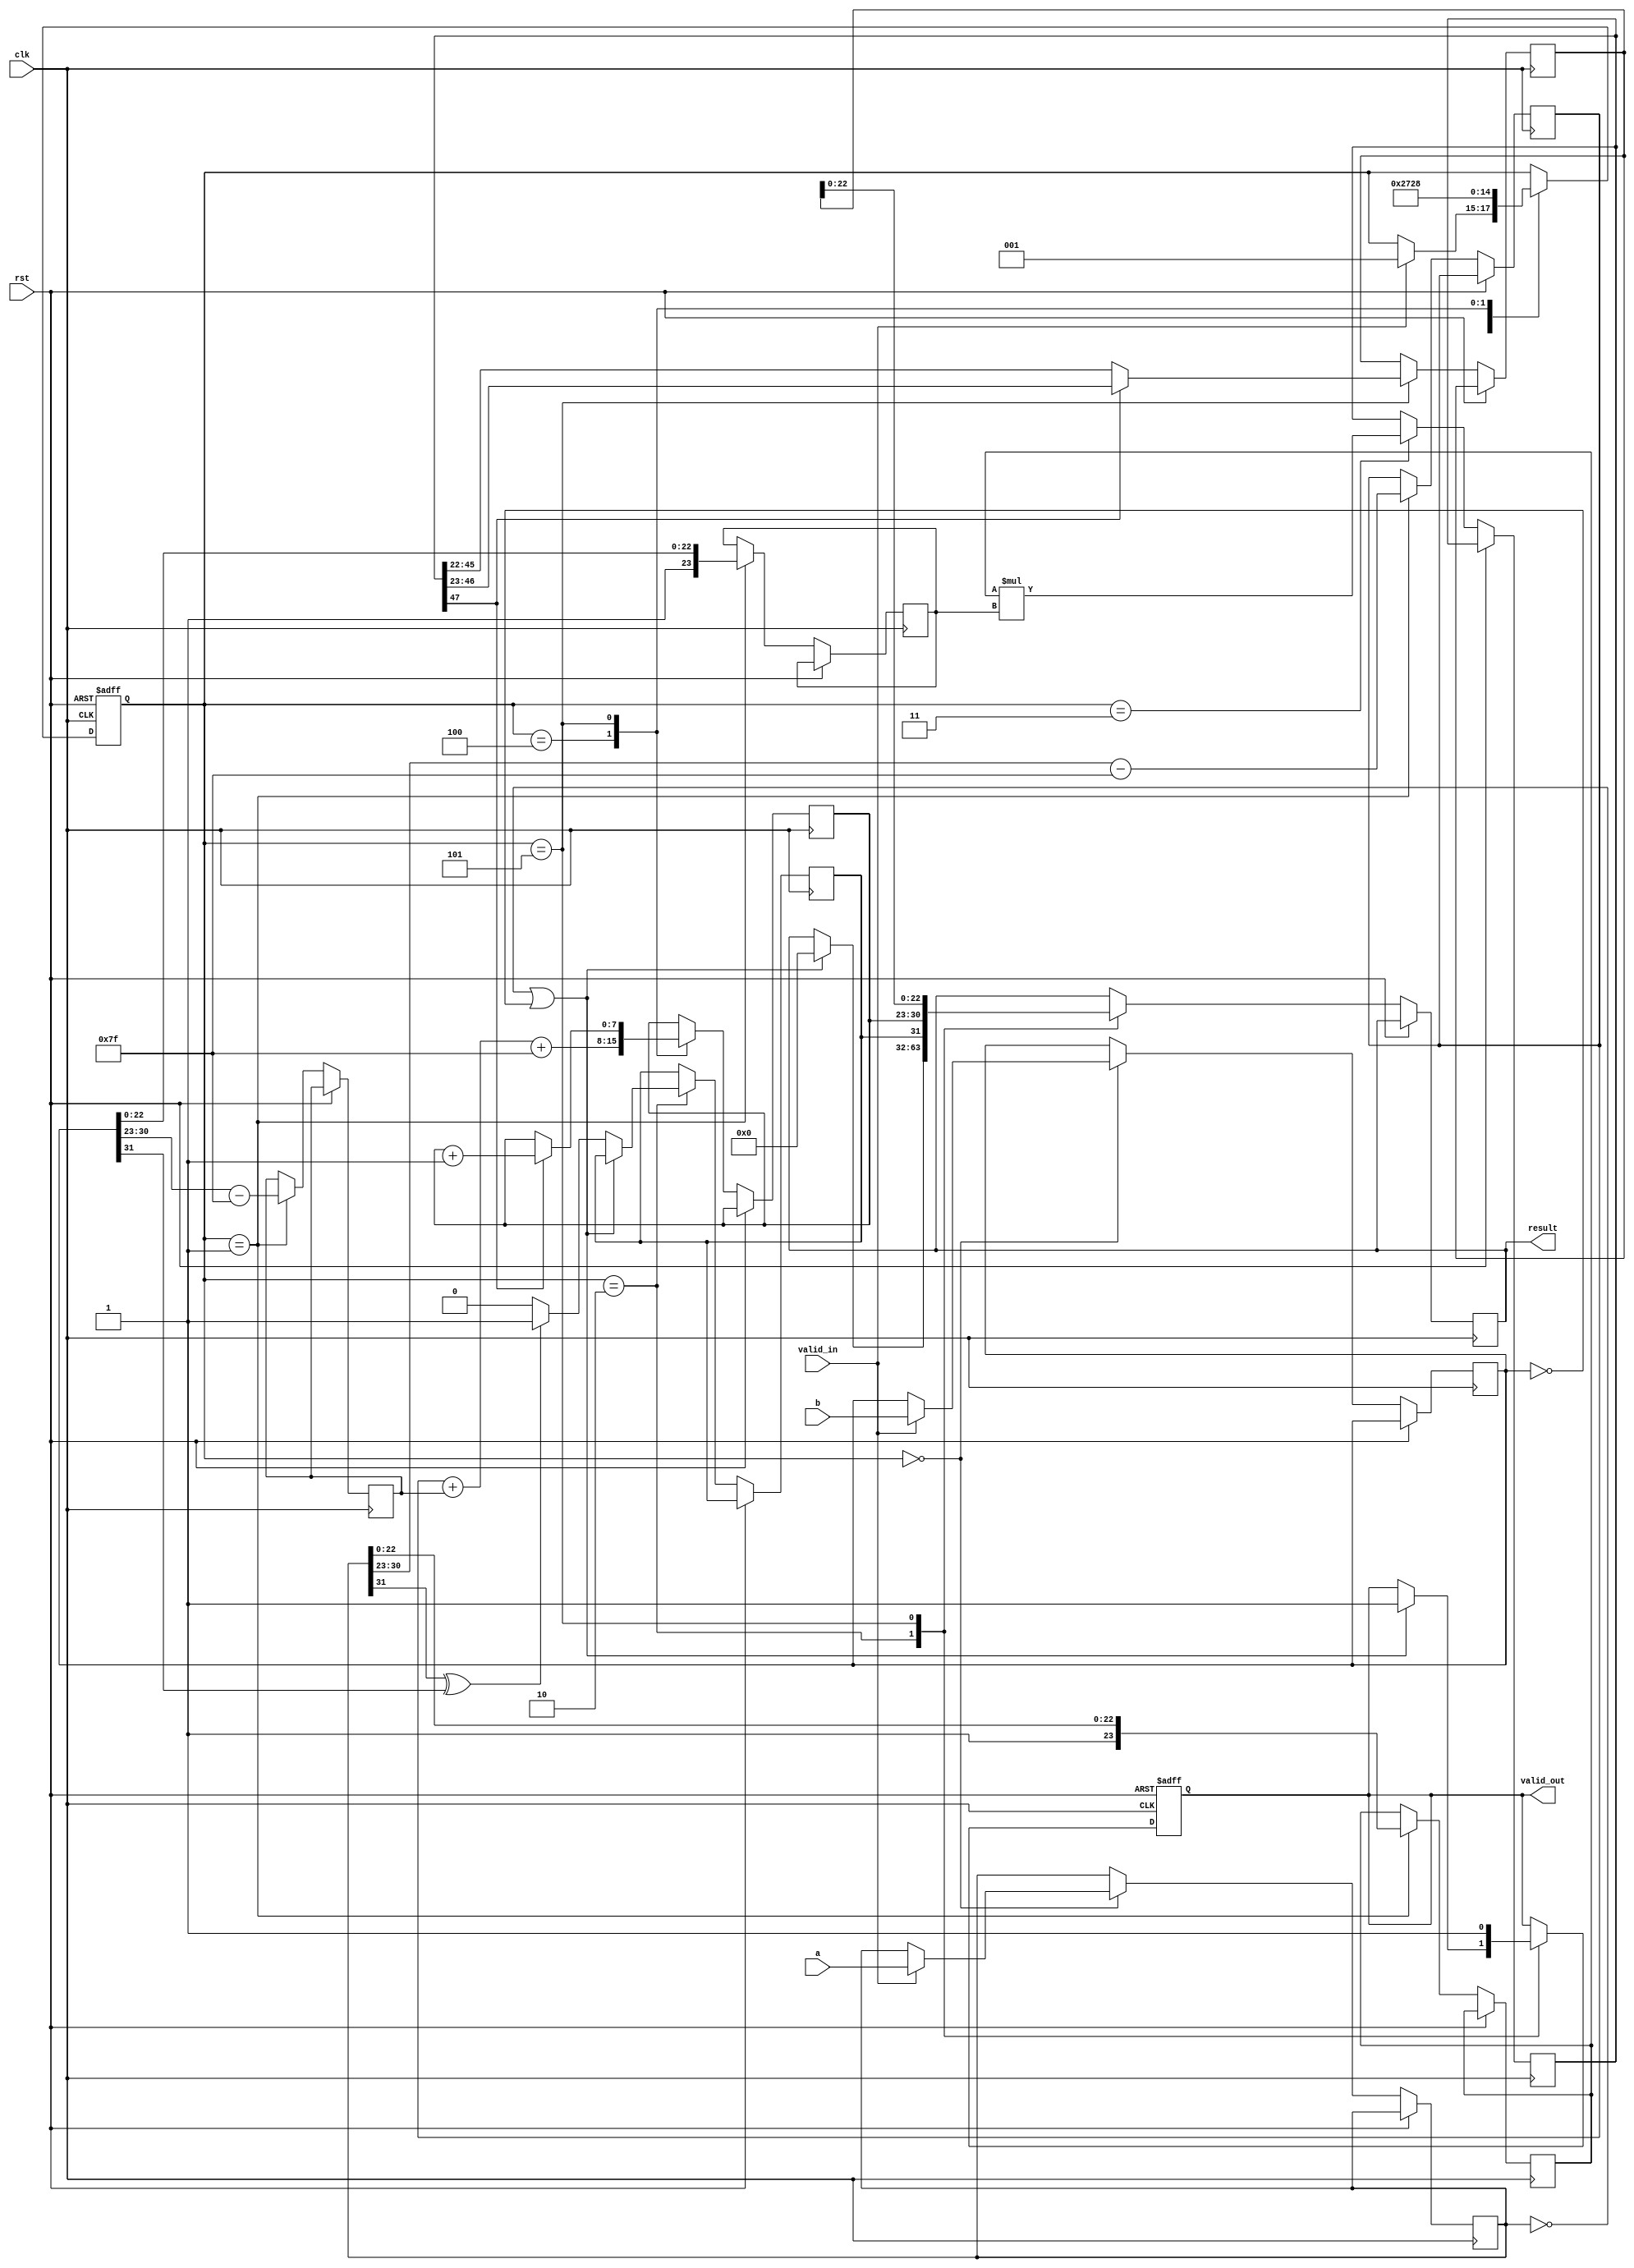
module pipelined_fp_multiplier (
    input clk,
    input rst,
    input valid_in,
    input [31:0] a, // First operand (32-bit IEEE 754)
    input [31:0] b, // Second operand (32-bit IEEE 754)
    output reg valid_out,
    output reg [31:0] result // Result (32-bit IEEE 754)
);

    // Pipeline registers
    reg [31:0] a_reg, b_reg; // Input stage
    reg [7:0] exp_a, exp_b; // Exponent stage
    reg [23:0] mant_a, mant_b; // Mantissa stage
    reg [47:0] mant_product; // Multiplication stage
    reg [7:0] exp_result; // Exponent calculation stage
    reg sign_result; // Sign output stage
    reg [23:0] mant_result; // Normalization output stage

    // Control signals
    reg [2:0] state; // State for pipeline control
    localparam IDLE = 3'b000, INPUT = 3'b001, NORMALIZE = 3'b010, MULTIPLY = 3'b011, EXP_CALC = 3'b100, OUTPUT = 3'b101;

    // State machine for pipeline control
    always @(posedge clk or posedge rst) begin
        if (rst) begin
            state <= IDLE;
            valid_out <= 0;
        end else begin
            case (state)
                IDLE: begin
                    if (valid_in) begin
                        a_reg <= a;
                        b_reg <= b;
                        state <= INPUT;
                    end
                end
                INPUT: begin
                    // Extract sign, exponent, and mantissa
                    exp_a <= a_reg[30:23] - 127; // Remove bias
                    exp_b <= b_reg[30:23] - 127; // Remove bias
                    mant_a <= {1'b1, a_reg[22:0]}; // Implicit leading 1
                    mant_b <= {1'b1, b_reg[22:0]}; // Implicit leading 1
                    state <= NORMALIZE;
                end
                NORMALIZE: begin
                    // Check for special cases (zero, NaN, infinity)
                    if (a_reg == 32'b0 || b_reg == 32'b0) begin
                        result <= 32'b0; // Zero multiplication
                        valid_out <= 1;
                        state <= IDLE;
                    end else if (a_reg[31] ^ b_reg[31]) begin
                        sign_result <= 1; // Result sign
                    end else begin
                        sign_result <= 0; // Result sign
                    end
                    state <= MULTIPLY;
                end
                MULTIPLY: begin
                    // Perform multiplication of mantissas
                    mant_product <= mant_a * mant_b;
                    state <= EXP_CALC;
                end
                EXP_CALC: begin
                    // Calculate the exponent
                    exp_result <= exp_a + exp_b + 127; // Add bias back
                    state <= OUTPUT;
                end
                OUTPUT: begin
                    // Normalize the result
                    if (mant_product[47]) begin
                        mant_result <= mant_product[46:23]; // Shift right
                        exp_result <= exp_result + 1; // Adjust exponent
                    end else begin
                        mant_result <= mant_product[45:22]; // Keep as is
                    end
                    // Combine sign, exponent, and mantissa
                    result <= {sign_result, exp_result[7:0], mant_result[22:0]};
                    valid_out <= 1; // Indicate valid output
                    state <= IDLE; // Go back to IDLE
                end
            endcase
        end
    end
endmodule